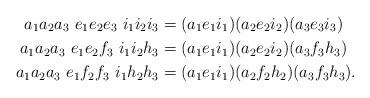
LaTeX: \begin{align*} a_1a_2a_3~ e_1e_2e_3~i_1i_2i_3&= (a_1e_1i_1)(a_2e_2i_2)(a_3e_3i_3)\\ a_1a_2a_3 ~e_1e_2f_3~i_1i_2h_3&= (a_1e_1i_1)(a_2e_2i_2)(a_3f_3h_3)\\ a_1a_2a_3 ~e_1f_2f_3~i_1h_2h_3&= (a_1e_1i_1)(a_2f_2h_2)(a_3f_3h_3). \end{align*}